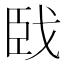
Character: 𦣣